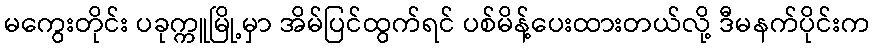
မကွေးတိုင်း ပခုက္ကူမြို့မှာ အိမ်ပြင်ထွက်ရင် ပစ်မိန့်ပေးထားတယ်လို့ ဒီမနက်ပိုင်းက